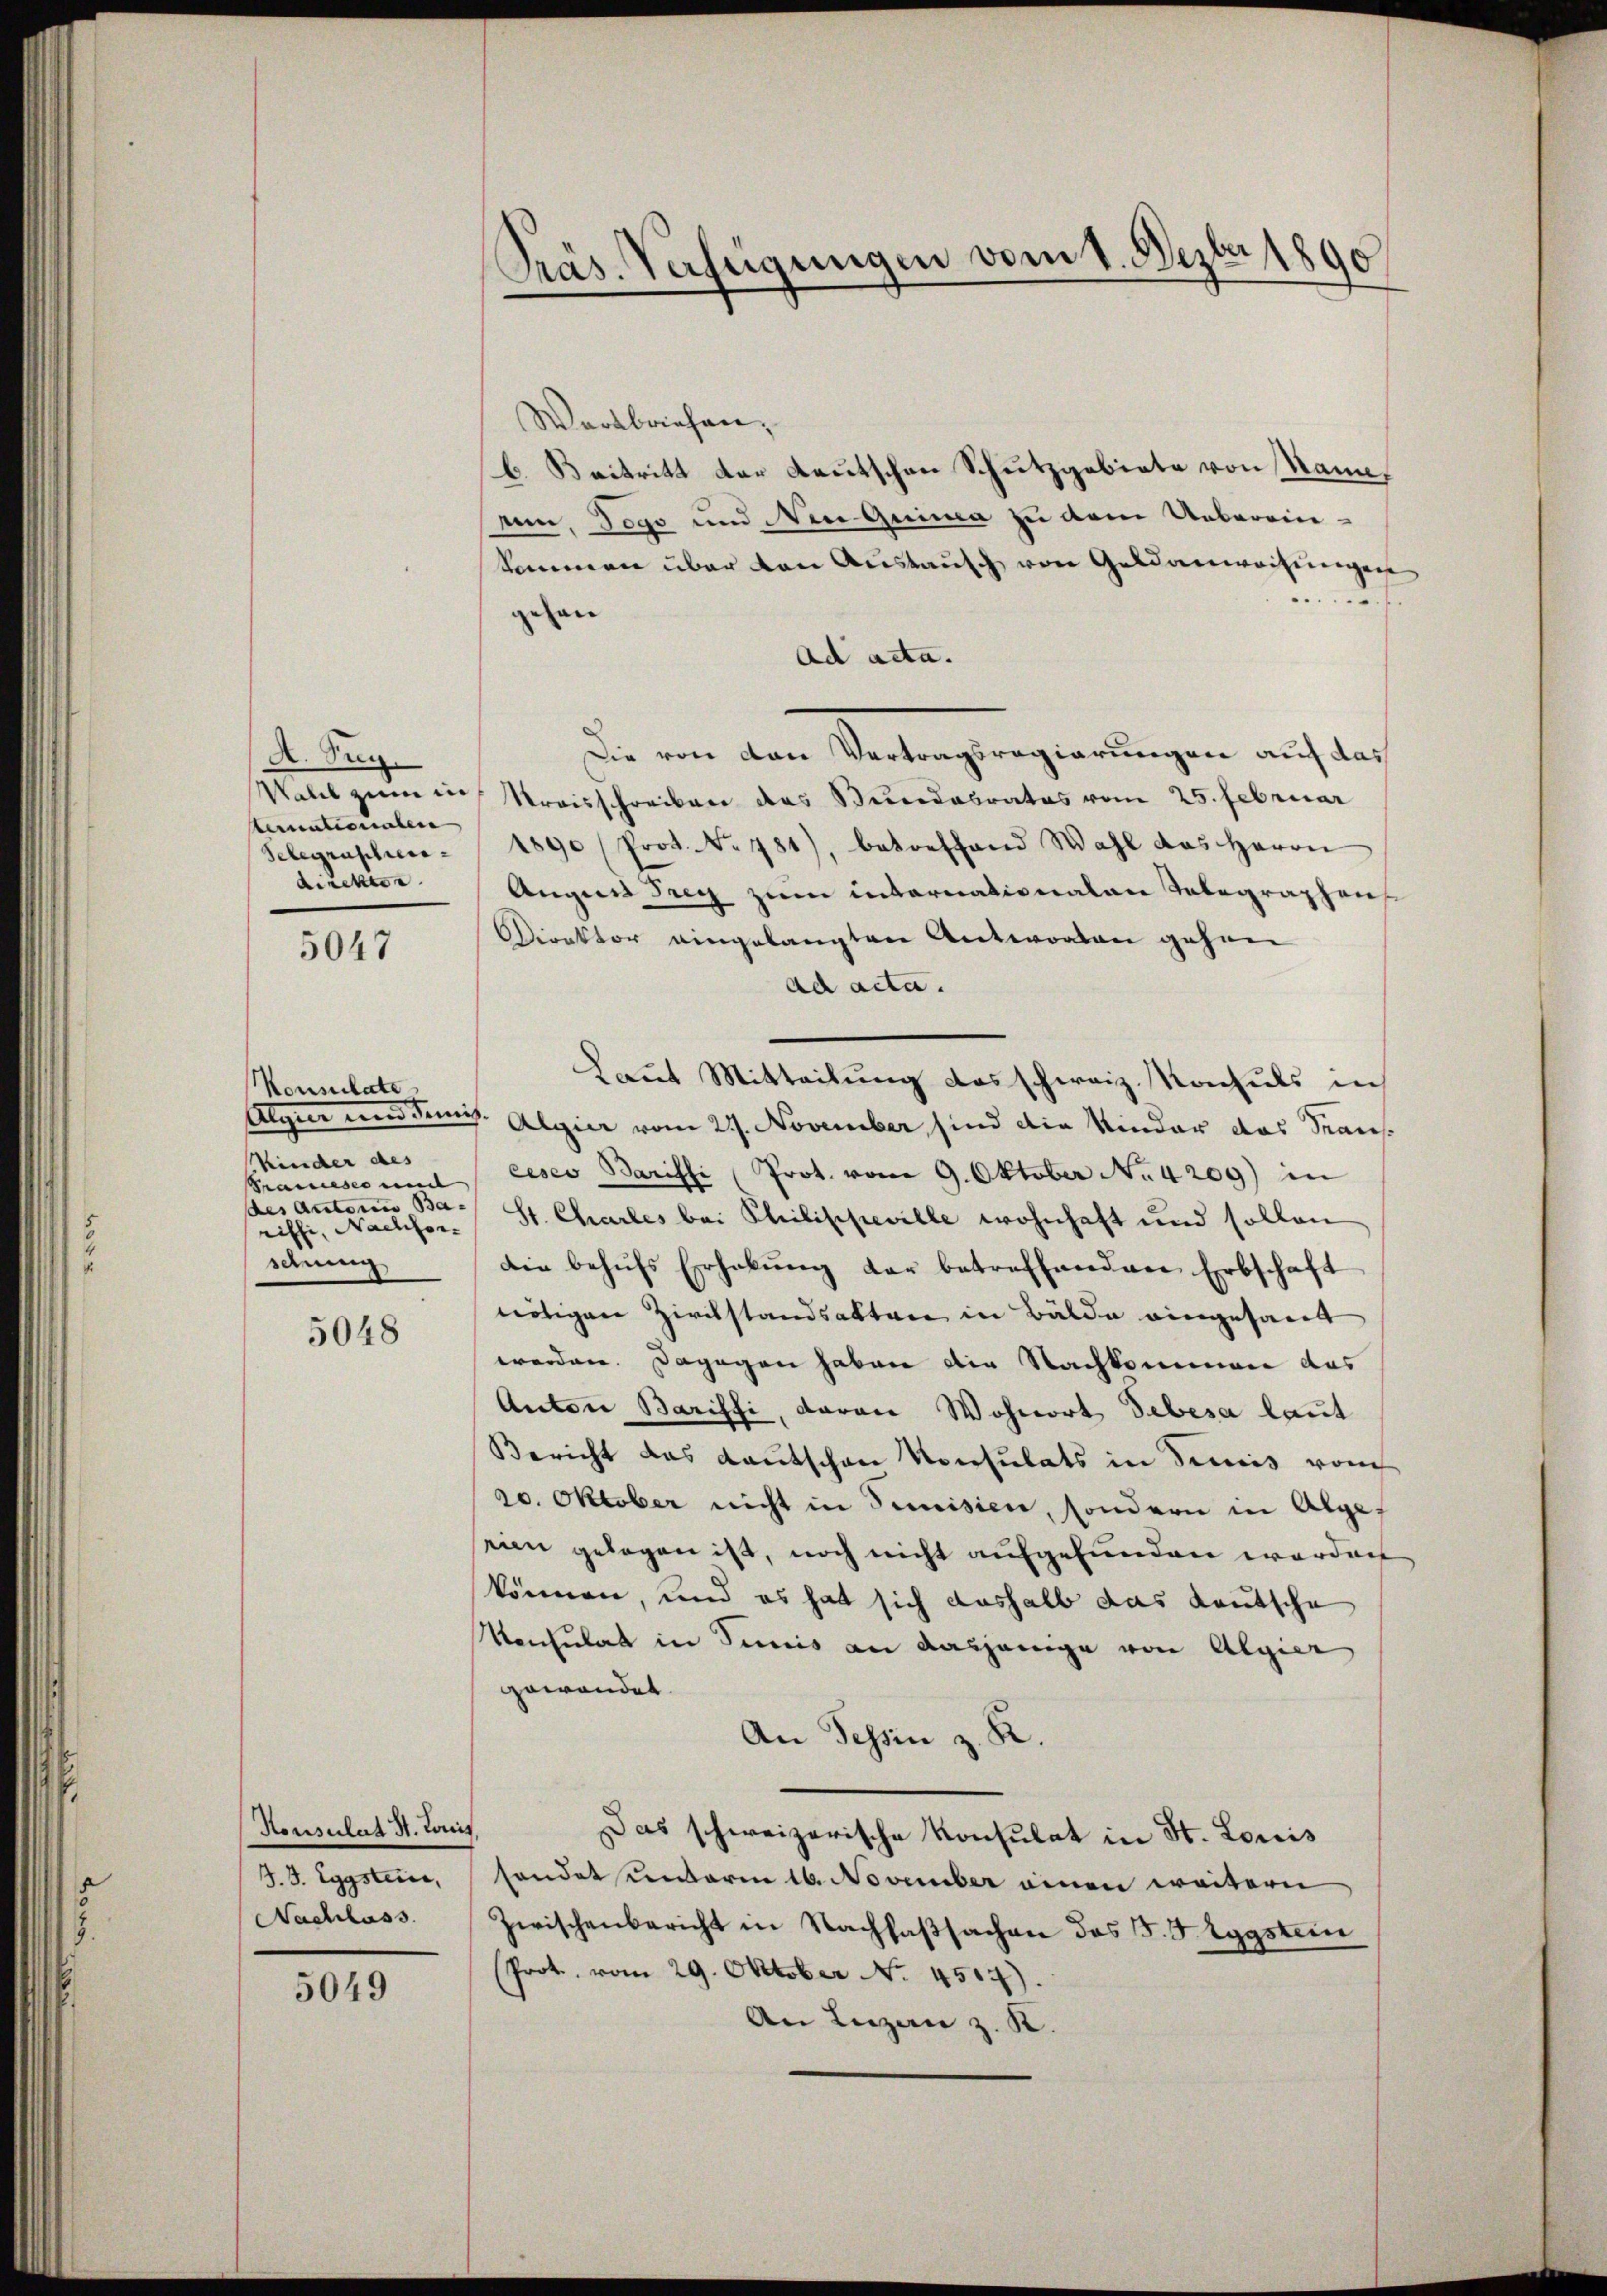
A. Sep.
sternationalen
Selegraphierdiickter

5047

Konsulate
kinder des
Prameses mit |
riffi, Nachforschnung

5048

Honsulat H. Loris
J. J. Eggstein,
Nachlass.

5049

Wortbriefen,
b. Beitritt der Lautschen Schutzgebiete von Name,
um, Togo und Vene Quina zu dem Ueberein-
kommen über den Austausch von Geldanweisungen
..
ean
Ad acta.
Die von den Vertragsregierungen auf das
Wahel zieme in Kreisschreiben das Bundabrates vom 25. Februar
1890 (Prot. No 484), betreffend Wahl das Herrn
Augen Teig zum internationalen Telegraphens
Direktor eingelangten Antworten gehen
ad acta.
Laut Mitteilung das schweiz. Konsuls in
Algier und Semis. Algier vom 27. November, sind die Kinder das Trans
eeser Barieli (Prot. vom 9. Oktober No. 4209) in
des andern Ba- St. Charles bei Philippeville wohnhaft und sollen
die behŭfs Erhabŭng der betreffenden Erbschaft
nötigen Zivilstandsakten in Bälde eingesandt
worden. Dagegen haben die Nachkommen das
Anton Baristi, daran Wohnort debesa laut
Bericht das Kautschen Konsulats in decis vom
20. Oktober nicht in Simisien, sondern in Alpe
eien gelegen ist, noch nicht aufgefunden worden
können, und es hat sich aushalb das Kautsche
Konsulat in Tunis an dasjenige von Algier
gewandet.
An Tessin z. R.
Das schweizerische Konsulat in St. Louis
sondet unterm 16. November einen weitern
Zwischenbericht in Nachlaßsachen das P. F. Eggstein
(Prot. vom 29. Oktober No. 4517).
An Luzern z. K.

Präs. Verfügungen vom 1. Dezbr 1890